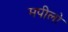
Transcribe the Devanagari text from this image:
मपीलो